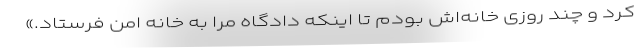
کرد و چند روزی خانه‌اش بودم تا اینکه دادگاه مرا به خانه امن فرستاد.»